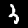
Digit: 3